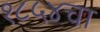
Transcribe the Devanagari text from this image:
१८५४चा